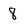
Character: 8